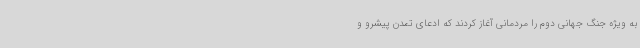
به ویژه جنگ جهانی دوم را مردمانی آغاز کردند که ادعای تمدن پیشرو و